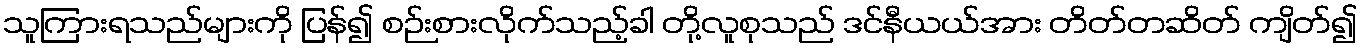
သူကြားရသည်များကို ပြန်၍ စဉ်းစားလိုက်သည့်ခါ တို့လူစုသည် ဒင်နီယယ်အား တိတ်တဆိတ် ကျိတ်၍